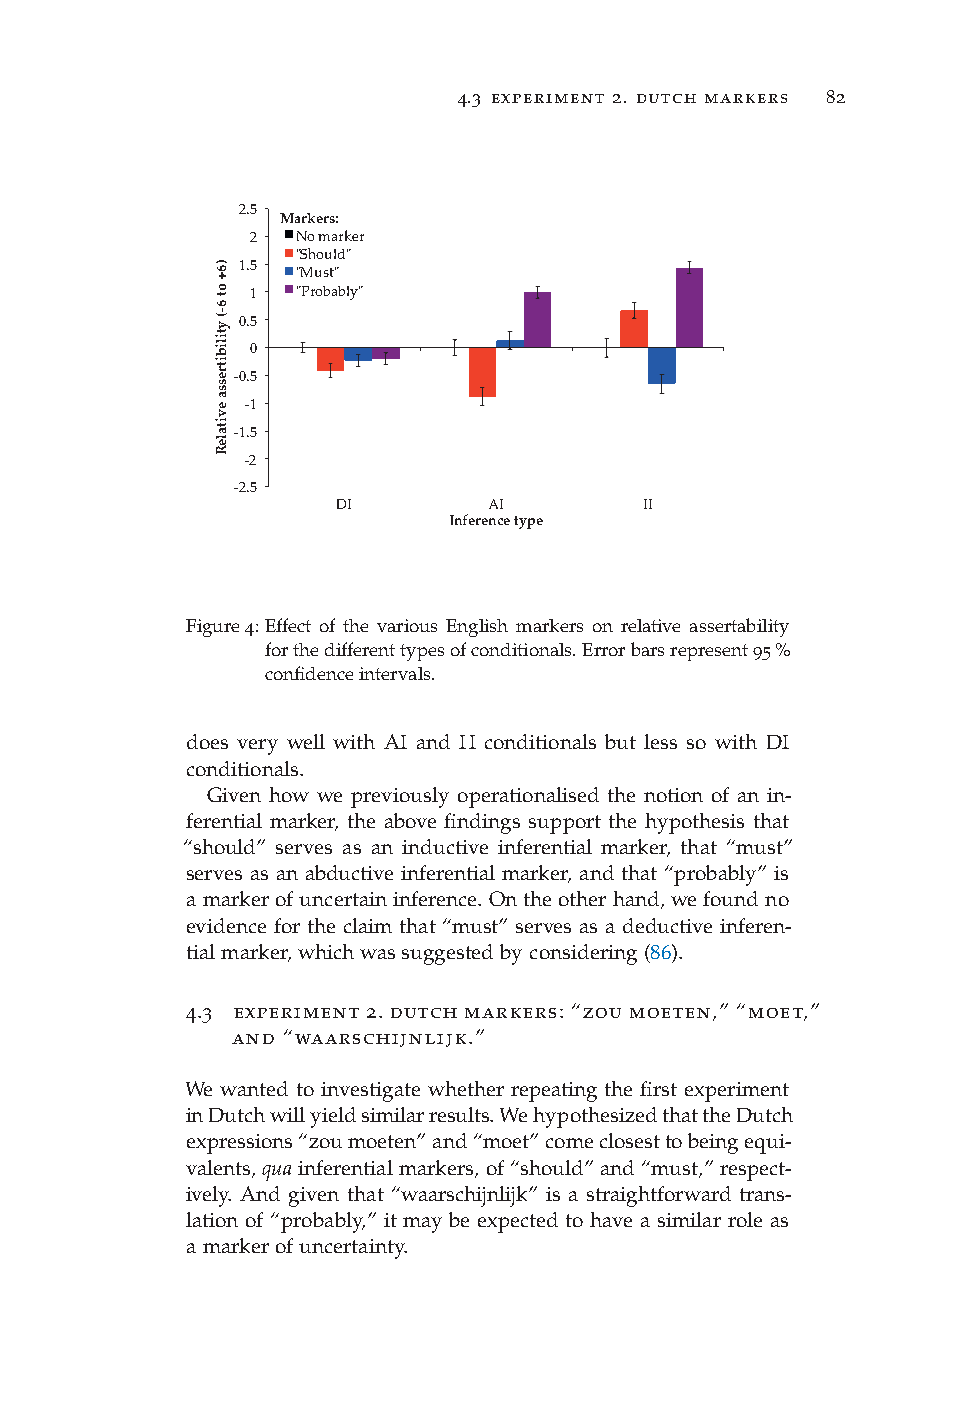
4.3 experiment 2. dutch markers 82
 2.5
 Markers:
 2  No marker
 "Should"
 1.5
 "Must"
 1  "Probably"
 0.5
 0
 -0.5
 -1
 -1.5
 -2
 -2.5
 DI        AI         II
 Inference type
 Figure4:Effect of the various English markers on relative assertability
 forthedifferenttypesofconditionals.Errorbarsrepresent95%
 confidenceintervals.
 does very well with AI and II conditionals but less so with DI
 conditionals.
 Given how we previously operationalised the notion of an in-
 ferential marker, the above findings support the hypothesis that
 “should” serves as an inductive inferential marker, that “must”
 serves as an abductive inferential marker, and that “probably” is
 amarkerofuncertaininference.Ontheotherhand,wefoundno
 evidence for the claim that “must” serves as a deductive inferen-
 tialmarker,whichwassuggestedbyconsidering(86).
 4.3 experiment 2. dutch markers: “zou moeten,” “moet,”
 and “waarschijnlijk.”
 We wanted to investigate whether repeating the first experiment
 inDutchwillyieldsimilarresults.WehypothesizedthattheDutch
 expressions“zoumoeten”and“moet”comeclosesttobeingequi-
 valents,quainferentialmarkers,of“should”and“must,”respect-
 ively. And given that “waarschijnlijk” is a straightforward trans-
 lation of “probably,” it may be expected to have a similar role as
 amarkerofuncertainty.
 )6+
 ot
 6-(
 ytilibitressa
 evitaleR